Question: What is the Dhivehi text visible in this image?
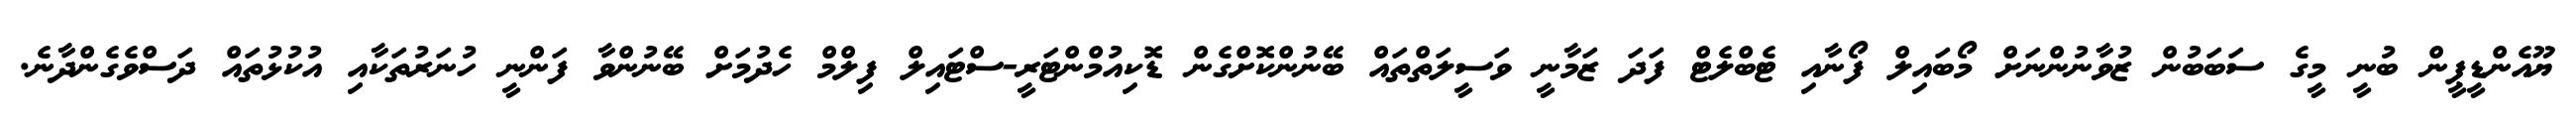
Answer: ޔޫއެންޑީޕީން ބުނީ މީގެ ސަބަބުން ޒުވާނުންނަށް މޯބައިލް ފޯނާއި ޓެބްލެޓް ފަދަ ޒަމާނީ ވަސީލަތްތައް ބޭނުންކޮށްގެން ޑޮކިއުމްންޓަރީ-ސްޓައިލް ފިލްމް ހެދުމަށް ބޭނުންވާ ފަންނީ ހުނަރުތަކާއި އުކުޅުތައް ދަސްވެގެންދާނެ.